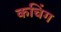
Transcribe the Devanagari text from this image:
कचिंग